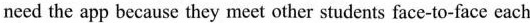
need the app because they meet other students face-to-face each